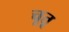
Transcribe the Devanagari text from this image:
चूतू